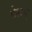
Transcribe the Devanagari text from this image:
देशम्‌